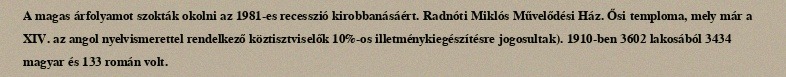
A magas árfolyamot szokták okolni az 1981-es recesszió kirobbanásáért. Radnóti Miklós Művelődési Ház. Ősi temploma, mely már a XIV. az angol nyelvismerettel rendelkező köztisztviselők 10%-os illetménykiegészítésre jogosultak). 1910-ben 3602 lakosából 3434 magyar és 133 román volt.